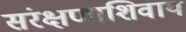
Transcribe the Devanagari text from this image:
संरक्षणाशिवाय